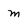
Character: m